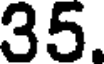
35.